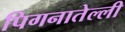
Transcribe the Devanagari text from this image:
पिगनातेल्ली